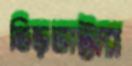
ভিড়ভাট্টার